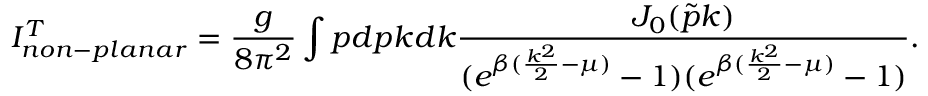
I _ { n o n - p l a n a r } ^ { T } = \frac { g } { 8 \pi ^ { 2 } } \int p d p k d k \frac { J _ { 0 } ( \tilde { p } k ) } { ( e ^ { \beta ( \frac { k ^ { 2 } } { 2 } - \mu ) } - 1 ) ( e ^ { \beta ( \frac { k ^ { 2 } } { 2 } - \mu ) } - 1 ) } .